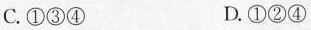
C.①③④ D.①②④